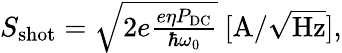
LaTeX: \begin{array}{r}{S_{\mathrm{shot}}=\sqrt{2e\frac{e\eta P_{\mathrm{DC}}}{\hbar\omega_{0}}}\ \mathrm{[A/\sqrt{Hz}]},}\end{array}